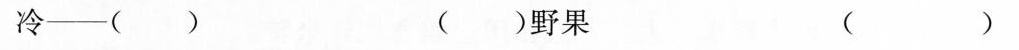
冷——（ ） （ ）野果 （ ）